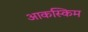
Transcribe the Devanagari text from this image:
आकस्किम